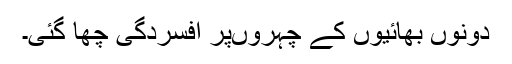
دونوں بھائیوں کے چہروںپر افسردگی چھا گئی۔